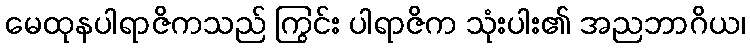
မေထုနပါရာဇိကသည် ကြွင်း ပါရာဇိက သုံးပါး၏ အညဘာဂိယ၊